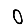
Digit: 0